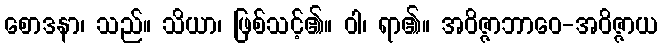
စောဒနာ၊ သည်။ သိယာ၊ ဖြစ်သင့်၏။ ဝါ၊ ရာ၏။ အဝိဇ္ဇာဘာဝေ-အဝိဇ္ဇာယ